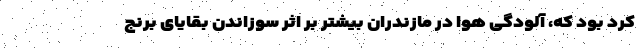
کرد بود که، آلودگی هوا در مازندران بیشتر بر اثر سوزاندن بقایای برنج